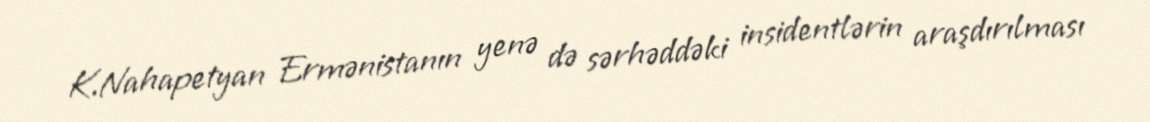
K.Nahapetyan Ermənistanın yenə də sərhəddəki insidentlərin araşdırılması